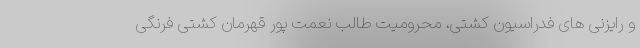
و رایزنی های فدراسیون کشتی، محرومیت طالب نعمت پور قهرمان کشتی فرنگی